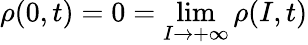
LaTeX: \rho(0,t)=0=\operatorname*{lim}_{I\to+\infty}\rho(I,t)